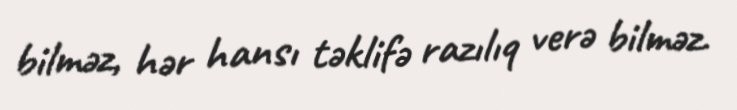
bilməz, hər hansı təklifə razılıq verə bilməz.